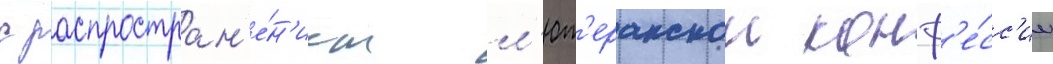
с распростран'е́н'ием л'ют'еранскои конф'е́сс'ии